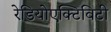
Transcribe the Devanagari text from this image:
रेडियोएक्टिविटी